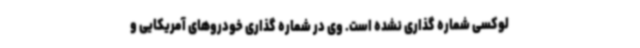
لوکسی شماره گذاری نشده است. وی در شماره گذاری خودروهای آمریکایی و